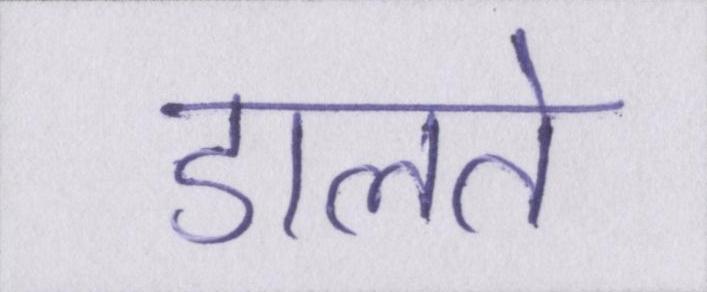
डालते